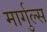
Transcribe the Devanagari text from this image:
मार्गुल्स